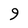
Character: 9